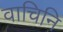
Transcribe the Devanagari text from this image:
वाचिनि